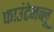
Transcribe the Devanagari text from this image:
फाउंटेनब्‍लू